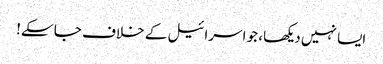
ایسا نہیں دیکھا، جو اسرائیل کے خلاف جا سکے!